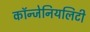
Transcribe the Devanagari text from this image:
कॉन्जेनियलिटी